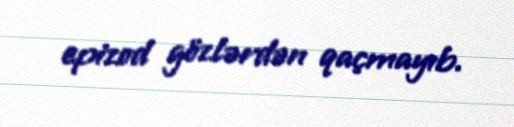
epizod gözlərdən qaçmayıb.